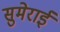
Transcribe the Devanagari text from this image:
सुमेराई